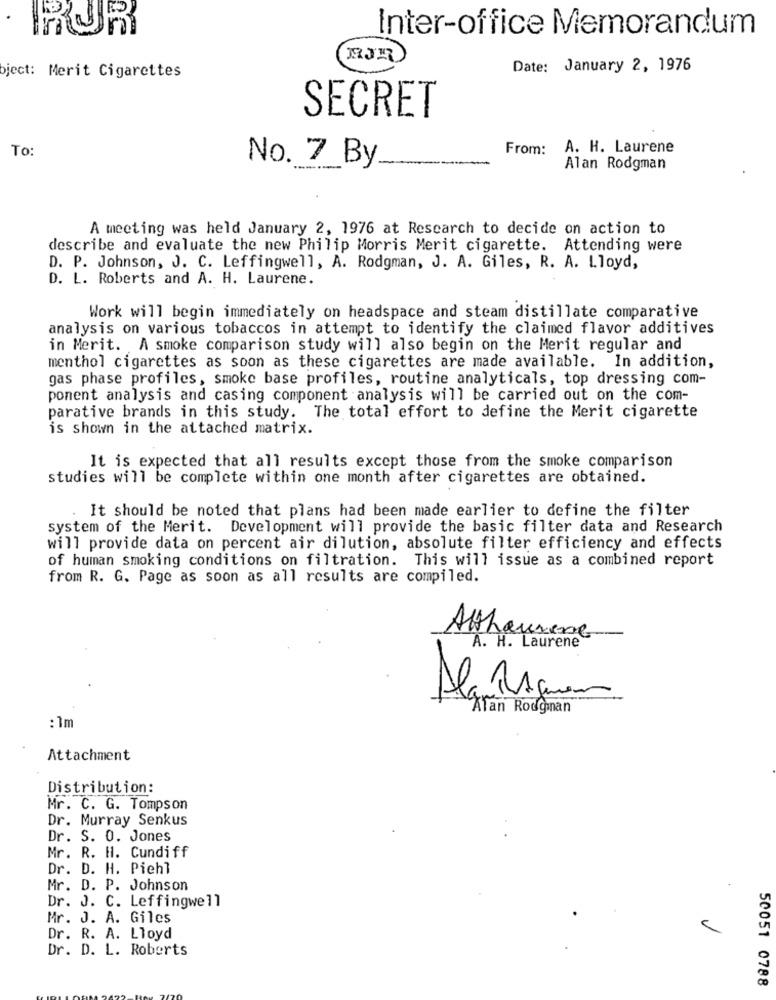
RUR
Inter-office Memorandum
bject: Merit Cigarettes
Date: January 2, 1976
SECRET
To:
From:
A. H. Laurene
No. 7 By
Alan Rodgman
A meeting was held January 2, 1976 at Research to decide on action to
describe and evaluate the new Philip Morris Merit cigarette. Attending were
D. P. Johnson, J. C. Leffingwell, A. Rodgman, J. A. Giles, R. A. Lloyd,
D. L. Roberts and A. H. Laurene.
Work will begin immediately on headspace and steam distillate comparative
analysis on various tobaccos in attempt to identify the claimed flavor additives
in Merit. A smoke comparison study will also begin on the Merit regular and
menthol cigarettes as soon as these cigarettes are made available. In addition,
gas phase profiles, smoke base profiles, routine analyticals, top dressing com-
ponent analysis and casing component analysis will be carried out on the com-
parative brands in this study. The total effort to define the Merit cigarette
is shown in the attached matrix.
It is expected that all results except those from the smoke comparison
studies will be complete within one month after cigarettes are obtained.
. It should be noted that plans had been made earlier to define the filter
system of the Merit. Development will provide the basic filter data and Research
will provide data on percent air dilution, absolute filter efficiency and effects
of human smoking conditions on filtration. This will issue as a combined report
from R. G. Page as soon as all results are compiled.
Atthaurene
A. H. Laurene
Ala RA gumes
Alan Rougman
: 1m
Attachment
Distribution:
Mr. C. G. Tompson
Dr. Murray Senkus
Dr. S. 0. Jones
Mr. R. H. Cundiff
Dr. D. H. Pichl
Mr. D. P. Johnson
Dr. J. C. Leffingwell
Mr. J. A. Giles
Dr. R. A. Lloyd
Dr. D. L. Roberts
50051 0788